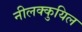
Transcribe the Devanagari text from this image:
नीलक्कुयिल